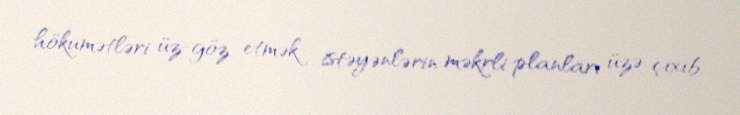
hökumətləri üz-göz etmək istəyənlərin məkrli planları üzə çıxıb.